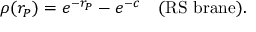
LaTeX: \rho ( r _ { P } ) = e ^ { - r _ { P } } - e ^ { - c } ~ ~ ~ \mathrm { ( R S ~ b r a n e ) } .